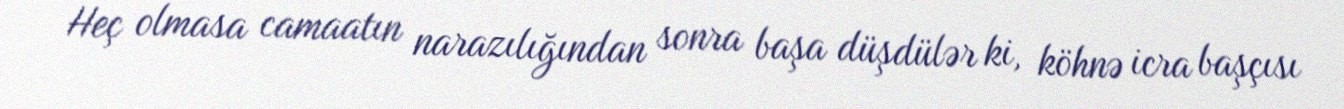
Heç olmasa camaatın narazılığından sonra başa düşdülər ki, köhnə icra başçısı